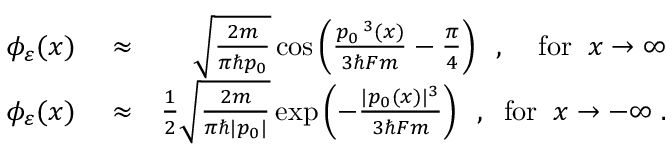
\begin{array} { r l r } { \phi _ { \varepsilon } ( x ) } & { { } \approx } & { \sqrt { \frac { 2 m } { \pi \hbar p _ { 0 } } } \cos \left( \frac { p _ { 0 } \, ^ { 3 } ( x ) } { 3 \hbar F m } - \frac { \pi } { 4 } \right) \; \; , \; \; \; \; \mathrm { f o r } \; \; x \to \infty } \\ { \phi _ { \varepsilon } ( x ) } & { { } \approx } & { \frac { 1 } { 2 } \sqrt { \frac { 2 m } { \pi \hbar | p _ { 0 } | } } \exp \left( - \frac { | p _ { 0 } ( x ) | ^ { 3 } } { 3 \hbar F m } \right) \; \; , \; \; \mathrm { f o r } \; \; x \to - \infty \; . } \end{array}